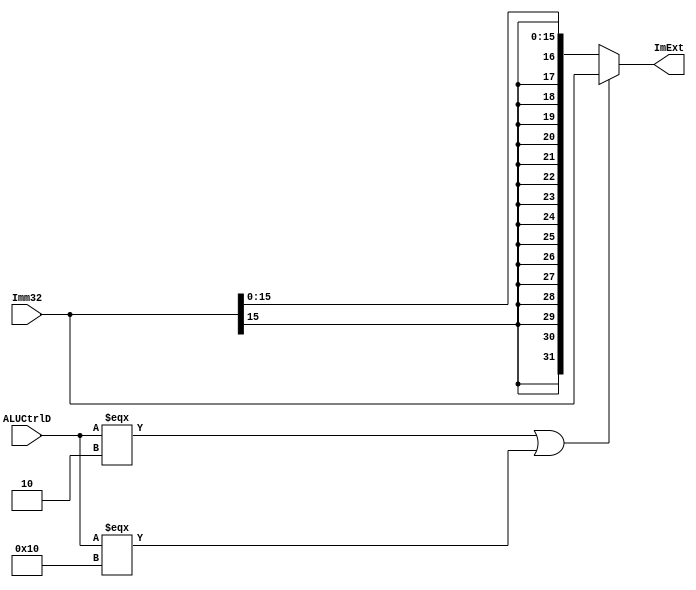
`timescale 1ns / 1ps
//////////////////////////////////////////////////////////////////////////////////
// Company: 
// Engineer: 
// 
// Design Name: 
// Module Name:    extend 
// Project Name: 
// Target Devices: 
// Tool versions: 
// Description: 
//
// Dependencies: 
//
// Revision: 
// Revision 0.01 - File Created
// Additional Comments: 
//
//////////////////////////////////////////////////////////////////////////////////
module EXT(
	input [31:0]Imm32,
	input [4:0]ALUCtrlD,
	output [31:0]ImExt
    );
	 assign ImExt = (ALUCtrlD === 5'b010 || ALUCtrlD === 5'b10000) ? Imm32 : {{16{Imm32[15]}}, Imm32[15:0]};//ori?


endmodule